DOW-UAP-D6, Mission Report, Arabian Gulf, 2020
Agency: Department of War
Incident location: Pacific Ocean
Page 5
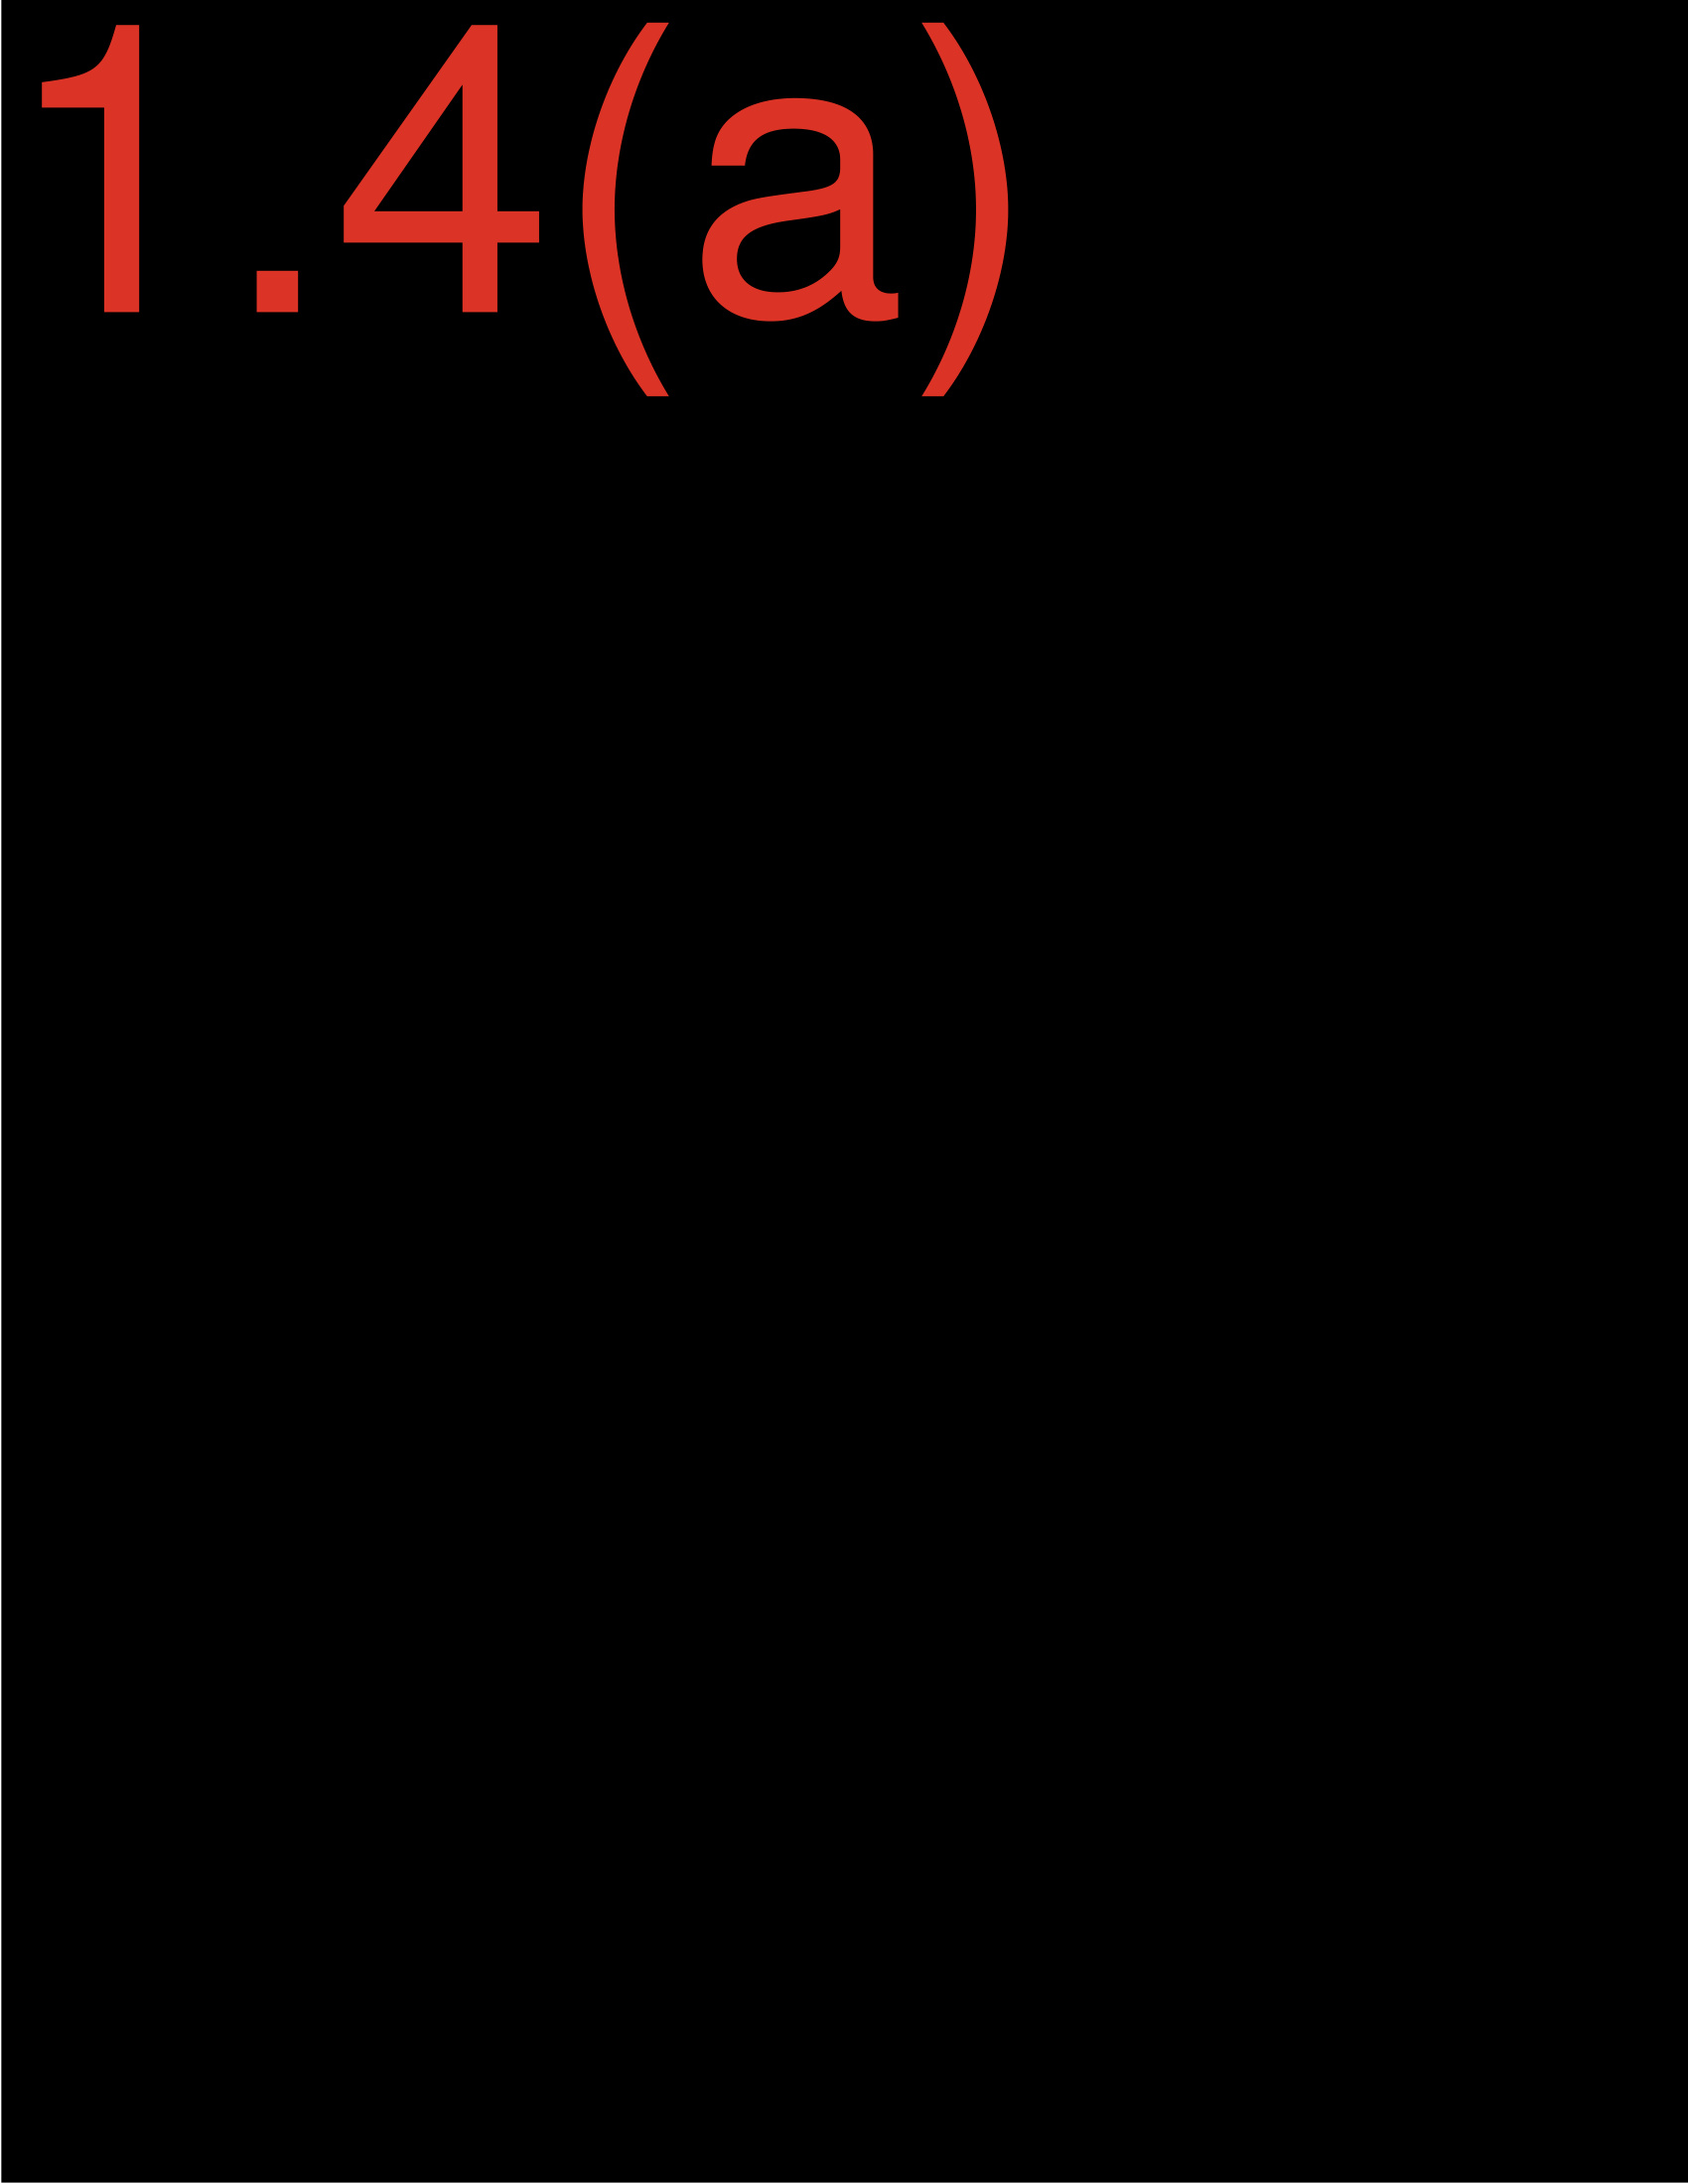